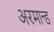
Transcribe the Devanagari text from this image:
अरमान्ड